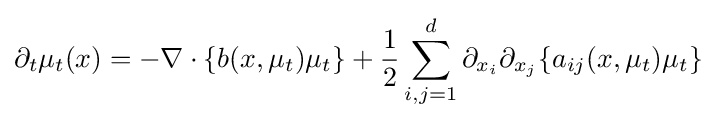
\partial _{t}\mu _{t}(x)=-\nabla \cdot \{b(x,\mu _{t})\mu _{t}\}+{\frac {1}{2}}\sum \limits _{i,j=1}^{d}\partial _{x_{i}}\partial _{x_{j}}\{a_{ij}(x,\mu _{t})\mu _{t}\}